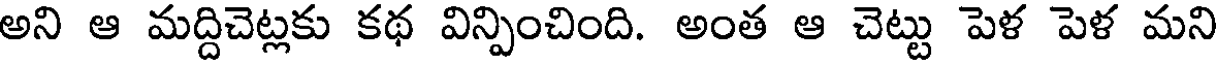
అని ఆ మద్దిచెట్లకు కథ విన్పించింది. అంత ఆ చెట్టు పెళ పెళ మని